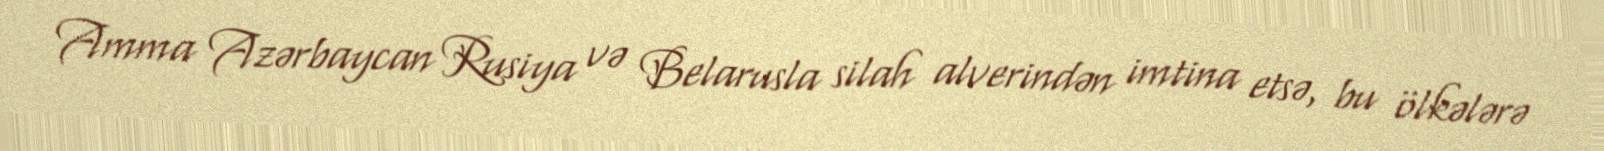
Amma Azərbaycan Rusiya və Belarusla silah alverindən imtina etsə, bu ölkələrə